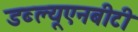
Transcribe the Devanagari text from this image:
डब्ल्यूएनबीटी